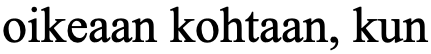
oikeaan kohtaan, kun